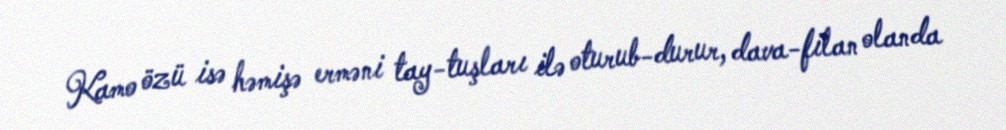
Kamo özü isə həmişə erməni tay-tuşları ilə oturub-durur, dava-filan olanda